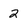
Character: 2